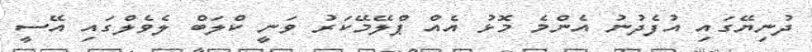
ދުނިޔޭގައި އުފެދުނު އެންމެ މޮޅު އެއް ޕްލޭމޭކަރު ވަނީ ކްލަބް ލެވެލްގައި އޭސީ